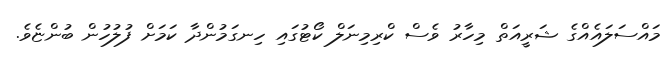
މައްސަލައެއްގެ ޝަރީއަތް މިހާރު ވެސް ކްރިމިނަލް ކޯޓުގައި ހިނގަމުންދާ ކަމަށް ފުލުހުން ބުންޏެވެ.